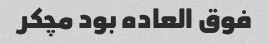
فوق العاده بود مچکر